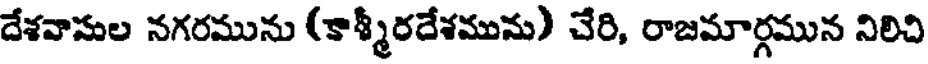
దేశవాసుల నగరమును (కాశ్మీరదేశమును) చేరి, రాజమార్గమున నిలిచి